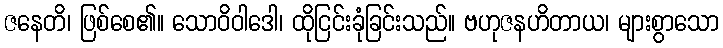
ဇနေတိ၊ ဖြစ်စေ၏။ သောဝိဝါဒေါ၊ ထိုငြင်းခုံခြင်းသည်။ ဗဟုဇနဟိတာယ၊ များစွာသော